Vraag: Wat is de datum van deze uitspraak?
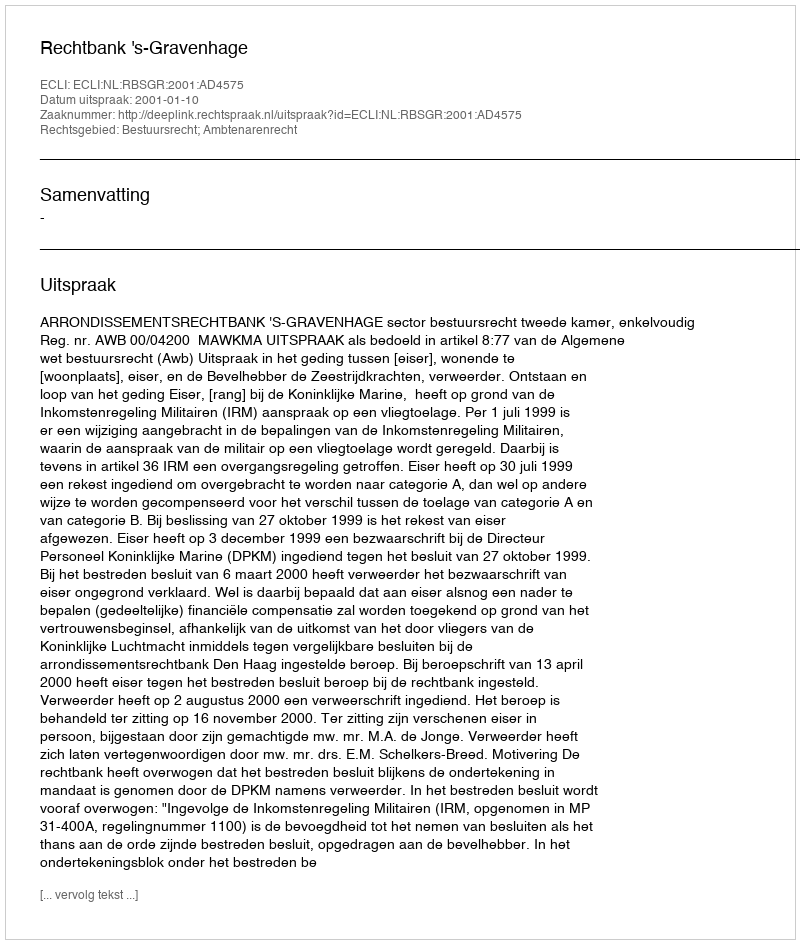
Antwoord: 2001-01-10